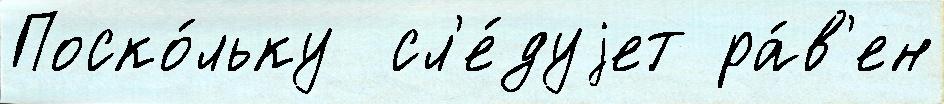
Поско́льку  сл'е́дуjет ра́в'ен